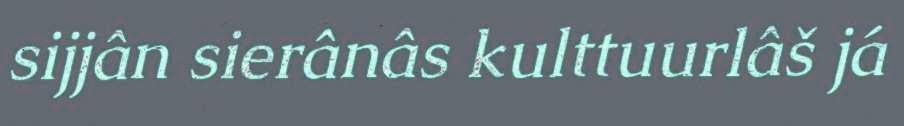
sijjân sierânâs kulttuurlâš já